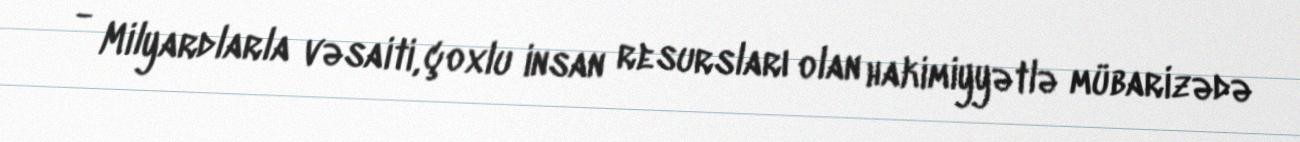
- Milyardlarla vəsaiti, çoxlu insan resursları olan hakimiyyətlə mübarizədə